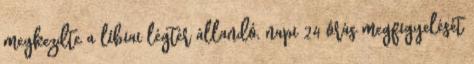
megkezdte a líbiai légtér állandó, napi 24 órás megfigyelését